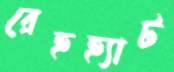
রেহহ্যাট